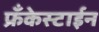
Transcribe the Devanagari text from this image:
फ्रँकेस्टाईन